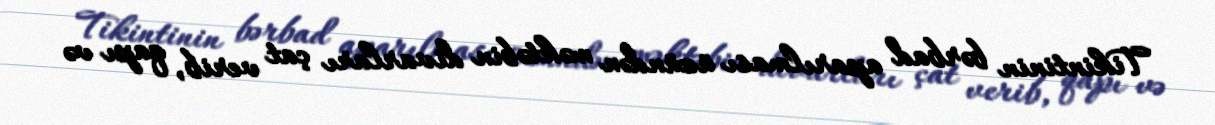
Tikintinin bərbad aparılması üzündən məktəbin divarları çat verib, qapı və